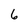
Character: 6